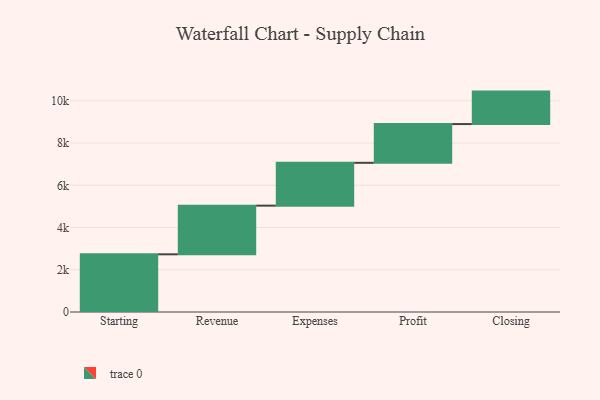
{"axis": {"x": "Step", "y": "Value"}, "legend": [""], "data": [{"x": "Starting", "y": 2732.0, "type": ""}, {"x": "Revenue", "y": 2304.0, "type": ""}, {"x": "Expenses", "y": 2029.0, "type": ""}, {"x": "Profit", "y": 1835.0, "type": ""}, {"x": "Closing", "y": 1537.0, "type": ""}]}